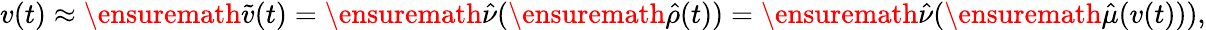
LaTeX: v(t)\approx\ensuremath{\tilde{v}}(t)=\ensuremath{\hat{\nu}}(\ensuremath{\hat{\rho}}(t))=\ensuremath{\hat{\nu}}(\ensuremath{\hat{\mu}}(v(t))),